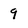
Character: 9